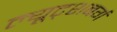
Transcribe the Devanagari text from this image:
ल्यूट्शबर्ग